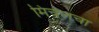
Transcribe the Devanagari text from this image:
मिचेलचा